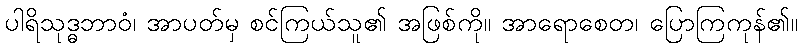
ပါရိသုဒ္ဓဘာဝံ၊ အာပတ်မှ စင်ကြယ်သူ၏ အဖြစ်ကို။ အာရောစေတ၊ ပြောကြကုန်၏။